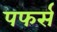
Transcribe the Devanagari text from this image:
पफर्स